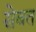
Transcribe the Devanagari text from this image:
सेबत